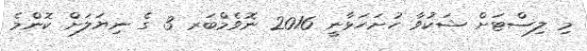
މި ލިސްޓަށް ޝަކުވާ ހުށަހަޅާނީ 2016 ނޮވެމްބަރ 3 ގެ ނިޔަލަށް ކޮންމެ